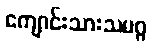
ကျောင်းသားသမဂ္ဂ